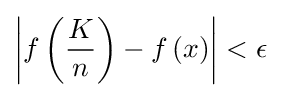
\left|f\left({\frac {K}{n}}\right)-f\left(x\right)\right|<\epsilon